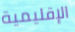
الإقليمية